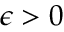
\epsilon > 0